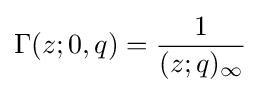
\Gamma (z;0,q)={\frac {1}{(z;q)_{\infty }}}